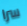
سرا